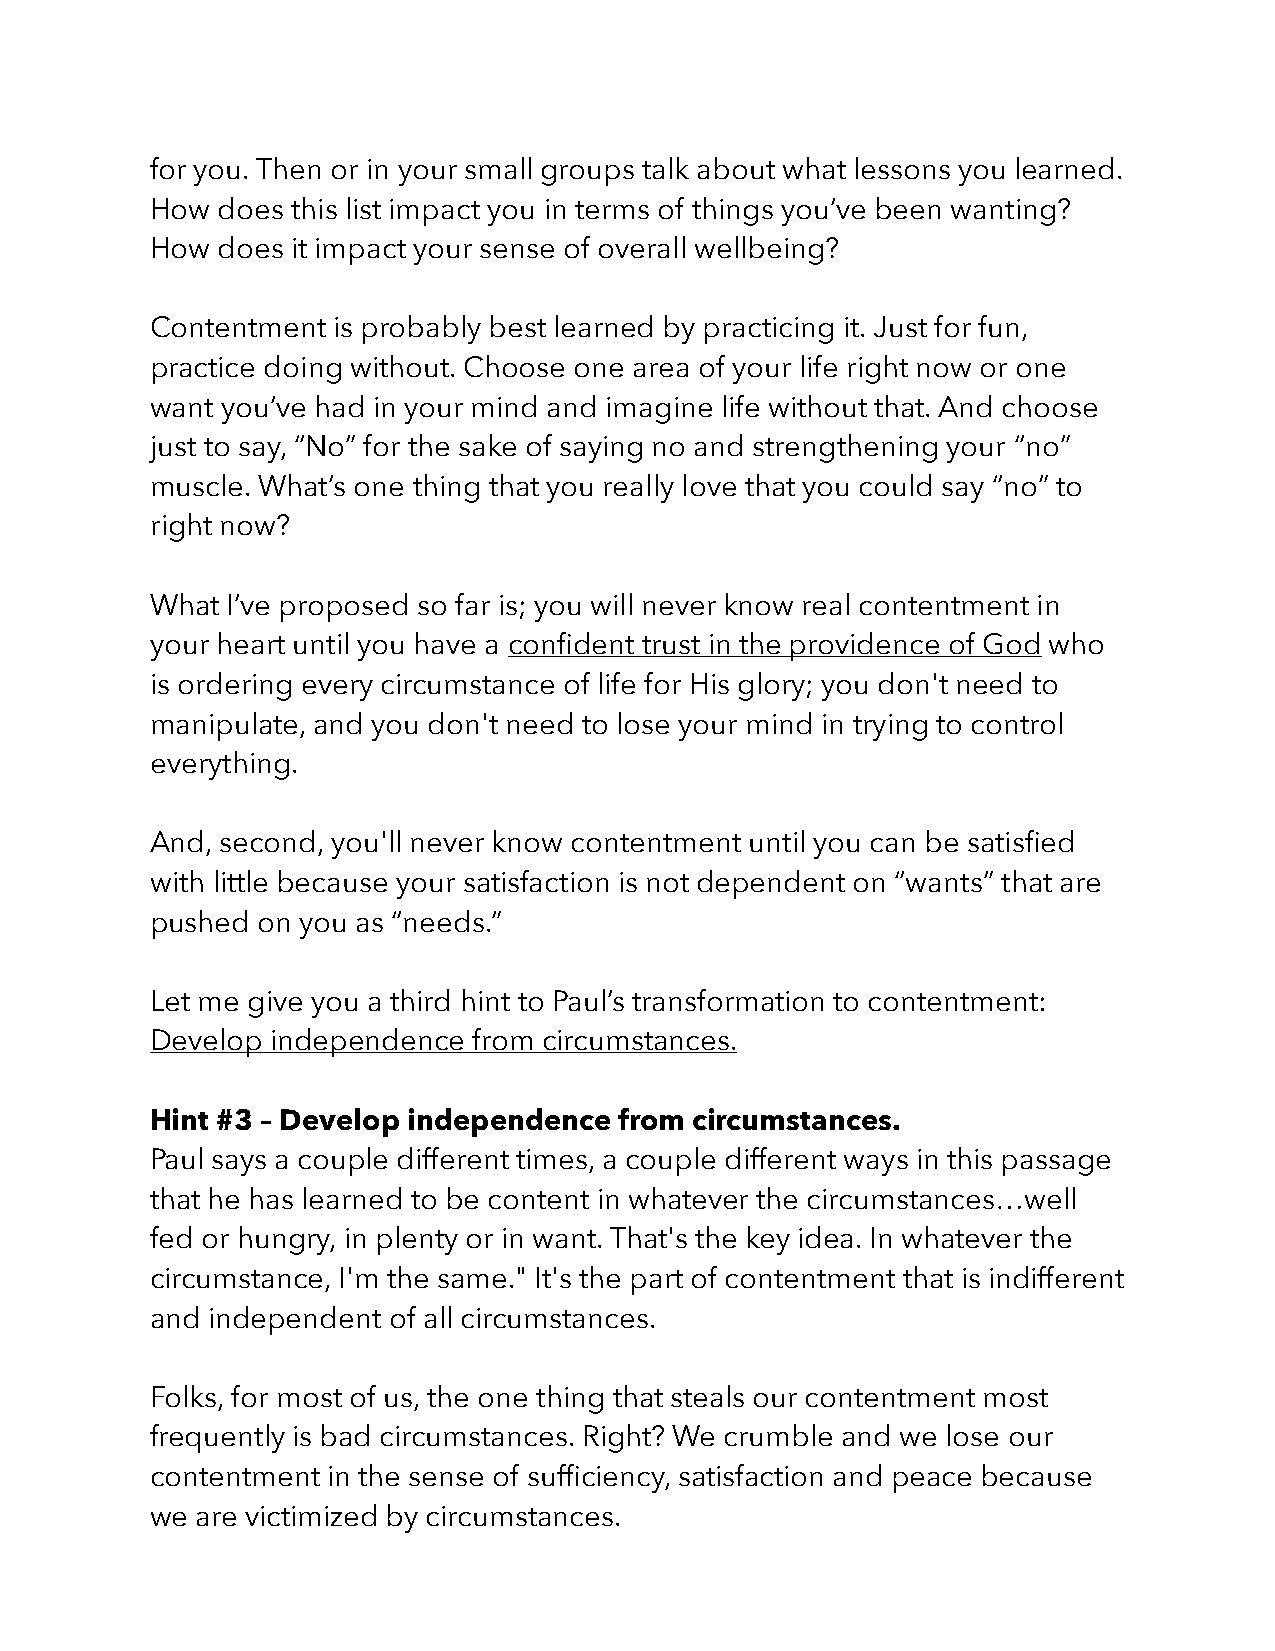
for you. Then or in your small groups talk about what lessons you learned.
 How does this list impact you in terms of things you’ve been wanting?
 How does it impact your sense of overall wellbeing?
 Contentment is probably best learned by practicing it. Just for fun,
 practice doing without. Choose one area of your life right now or one
 want you’ve had in your mind and imagine life without that. And choose
 just to say, “No” for the sake of saying no and strengthening your “no”
 muscle. What’s one thing that you really love that you could say “no” to
 right now?
 What I’ve proposed so far is; you will never know real contentment in
 your heart until you have a confident trust in the providence of God who
 is ordering every circumstance of life for His glory; you don't need to
 manipulate, and you don't need to lose your mind in trying to control
 everything.
 And, second, you'll never know contentment until you can be satisfied
 with little because your satisfaction is not dependent on “wants” that are
 pushed on you as “needs.”
 Let me give you a third hint to Paul’s transformation to contentment:
 Develop independence from circumstances.
 Hint #3 – Develop independence from circumstances.
 Paul says a couple different times, a couple different ways in this passage
 that he has learned to be content in whatever the circumstances…well
 fed or hungry, in plenty or in want. That's the key idea. In whatever the
 circumstance, I'm the same." It's the part of contentment that is indifferent
 and independent of all circumstances.
 Folks, for most of us, the one thing that steals our contentment most
 frequently is bad circumstances. Right? We crumble and we lose our
 contentment in the sense of sufficiency, satisfaction and peace because
 we are victimized by circumstances.